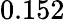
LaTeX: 0.152